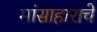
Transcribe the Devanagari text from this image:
मांसाहाराचे